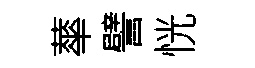
蕐譬恍